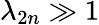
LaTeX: \lambda_{2n}\gg 1